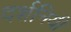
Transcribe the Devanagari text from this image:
दर्शनियी